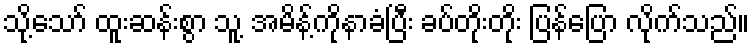
သို့သော် ထူးဆန်းစွာ သူ့ အမိန့်ကိုနာခံပြီး ခပ်တိုးတိုး ပြန်ပြော လိုက်သည်။